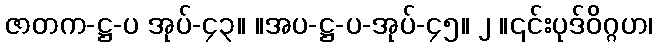
ဇာတက-ဋ္ဌ-ပ အုပ်-၄၃။ ။အပ-ဋ္ဌ-ပ-အုပ်-၄၅။ ၂ ။၎င်းပုဒ်ဝိဂ္ဂဟ၊